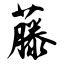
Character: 藤